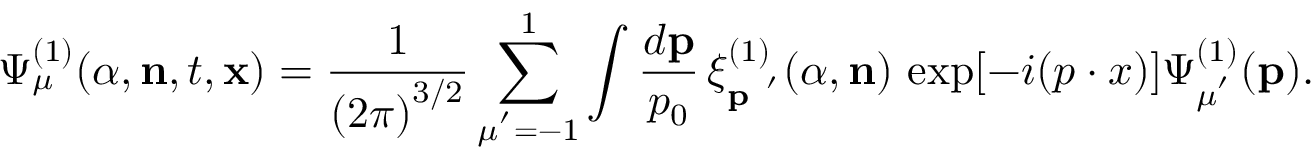
{ \Psi } _ { \mu } ^ { ( 1 ) } ( { \alpha } , { \bf n } , t , { \bf x } ) = { \frac { 1 } { { ( 2 \pi ) } ^ { 3 / 2 } } } \sum _ { \mu ^ { ' } = - 1 } ^ { 1 } \int \frac { d { \bf p } } { p _ { 0 } } \, { \xi } _ { \bf p \mu \mu ^ { ' } } ^ { ( 1 ) } ( { \alpha } , { \bf n } ) \, \exp [ - i ( p \cdot { x } ) ] { \Psi } _ { \mu ^ { ' } } ^ { ( 1 ) } ( { \bf p } ) .